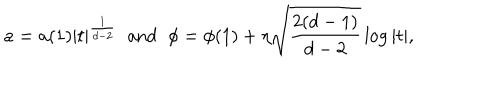
a = a ( 1 ) | t | ^ { \frac { 1 } { d - 2 } } \; \; \mathrm { a n d } \; \; \phi = \phi ( 1 ) + \eta \sqrt { \frac { 2 ( d - 1 ) } { d - 2 } } \, \mathrm { l o g } \, | t | ,